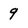
Character: 9